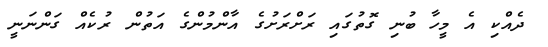
ދެއްކި އެ މީހާ ބުނި ގޮތުގައި ރަށްރަށުގެ އާާންމުންގެ އަތުން ރުކެއް ގަންނަނީ